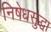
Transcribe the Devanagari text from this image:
निषेधसुद्धा